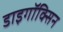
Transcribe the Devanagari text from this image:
डाइगॉक्सिन